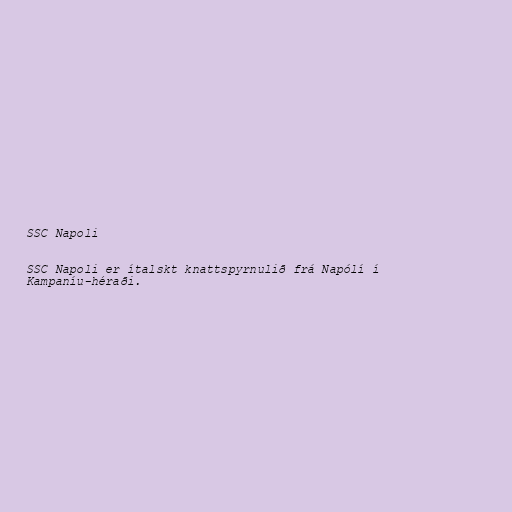
SSC Napoli

SSC Napoli er ítalskt knattspyrnulið frá Napólí í
Kampaníu-héraði.